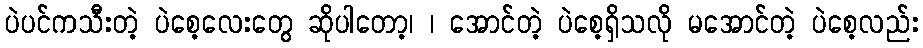
ပဲပင်ကသီးတဲ့ ပဲစေ့လေးတွေ ဆိုပါတော့၊ ၊ အောင်တဲ့ ပဲစေ့ရှိသလို မအောင်တဲ့ ပဲစေ့လည်း